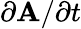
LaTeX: \partial\mathbf{A}/\partial t